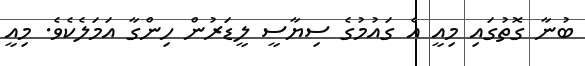
ބުނާ ގޮތުގައި މިއީ އެ ގައުމުގެ ސިޔާސީ ލީޑަރުން ހިންގާ އަމަލެކެވެ. މިއީ